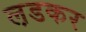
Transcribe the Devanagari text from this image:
ल़डकर